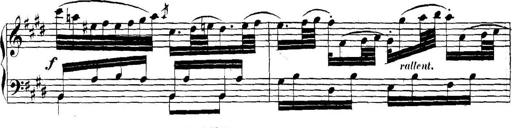
Title: Collected Piano Sonatas
Composer: Muzio Clementi